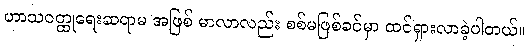
ဟာသဝတ္ထုရေးဆရာမ အဖြစ် မာလာလည်း စစ်မဖြစ်ခင်မှာ ထင်ရှားလာခဲ့ပါတယ်။